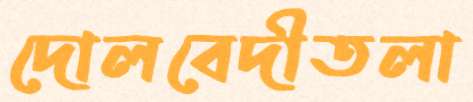
দোলবেদীতলা